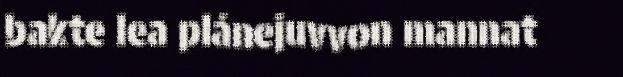
bakte lea plánejuvvon mannat